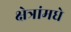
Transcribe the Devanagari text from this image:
क्षेत्रांमधे